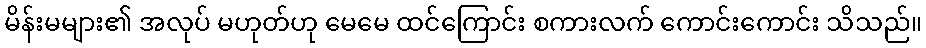
မိန်းမများ၏ အလုပ် မဟုတ်ဟု မေမေ ထင်ကြောင်း စကားလက် ကောင်းကောင်း သိသည်။